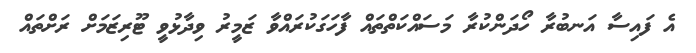
އެ ފައިސާ އަނބުރާ ހޯދަންކުރާ މަސައްކަތްތައް ފާހަގަކުރައްވާ ޒަމީރު ވިދާޅުވީ ޓޫރިޒަމަށް ރަށްތައް